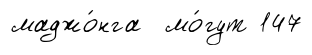
маджо́нга мо́гут 147